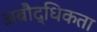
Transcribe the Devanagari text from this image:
अबौद्धिकता